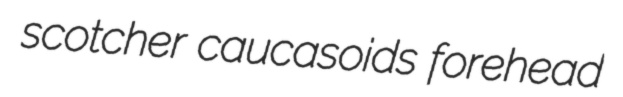
scotcher caucasoids forehead